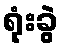
ရုံးခွဲ